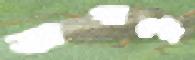
অগাস্টো